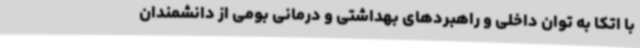
با اتکا به توان داخلی و راهبردهای بهداشتی و درمانی بومی از دانشمندان